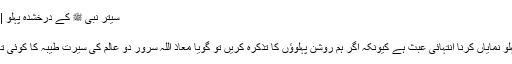
سیتر نبی ﷺ کے درخشدہ پہلو | Jasarat News Urdu
حافظ عبد الرحمن سلفی
سیرت النبیؐ کے درخشندہ پہلو نمایاں کرنا انتہائی عبث ہے کیونکہ اگر ہم روشن پہلوؤں کا تذکرہ کریں تو گویا معاذ اللہ سرور دو عالمؐ کی سیرت طیبہ کا کوئی تاریک پہلو بھی ہو سکتا ہے۔